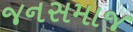
જનસમાજ